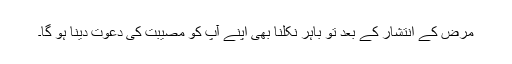
مرض کے انتشار کے بعد تو باہر نکلنا بھی اپنے آپ کو مصیبت کی دعوت دینا ہو گا۔